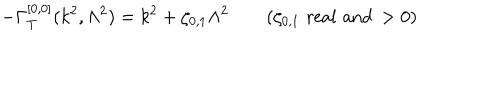
- \Gamma _ { T } ^ { [ 0 , 0 ] } ( k ^ { 2 } , \Lambda ^ { 2 } ) = k ^ { 2 } + \zeta _ { 0 , 1 } \Lambda ^ { 2 } \qquad ( \zeta _ { 0 , 1 } \, \, \mathrm { { r e a l \, \, a n d } } \, > 0 )